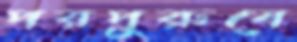
পরপুরুষে